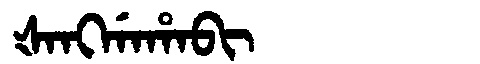
Manchu: ᡧᠠᠩᡤᠠᡥᠠᠪᡳ
Romanization: ŠANGGAHABI